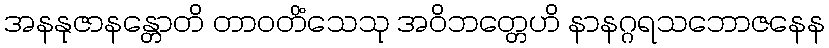
အနနုဇာနန္တောတိ တာဝတိံသေသု အဝိဘတ္တေဟိ နာနဂ္ဂရသဘောဇနေန